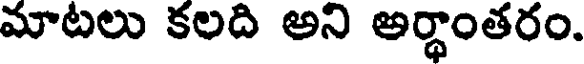
మాటలు కలది అని అర్థాంతరం.